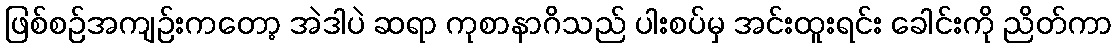
ဖြစ်စဉ်အကျဉ်းကတော့ အဲဒါပဲ ဆရာ ကုစာနာဂိသည် ပါးစပ်မှ အင်းထူးရင်း ခေါင်းကို ညိတ်ကာ